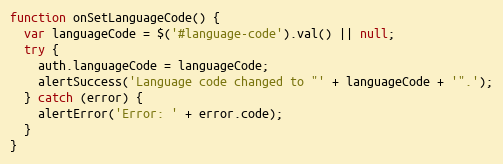
Language: JavaScript
function onSetLanguageCode() {
  var languageCode = $('#language-code').val() || null;
  try {
    auth.languageCode = languageCode;
    alertSuccess('Language code changed to "' + languageCode + '".');
  } catch (error) {
    alertError('Error: ' + error.code);
  }
}